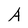
Character: A